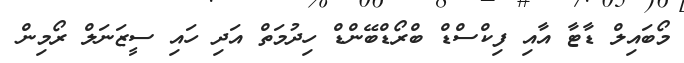
މޯބައިލް ޑާޓާ އާއި ފިކްސްޑް ބްރޯޑްބޭންޑް ހިދުމަތް އަދި ހައި ސީޒަނަލް ރޯމިން